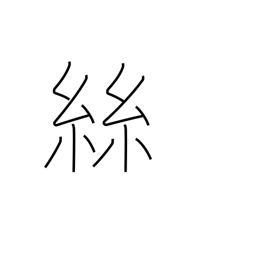
Meaning: thread